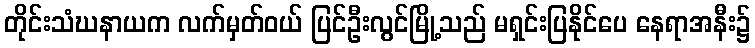
တိုင်းသံဃနာယက လက်မှတ်ဝယ် ပြင်ဦးလွင်မြို့သည် မရှင်းပြနိုင်ပေ နေရာအနီး၌